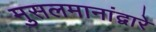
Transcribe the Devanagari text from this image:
मुसलमानांद्वारे